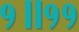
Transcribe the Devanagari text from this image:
१॥११